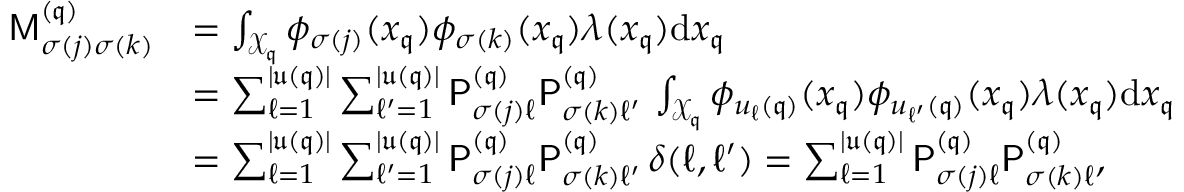
\begin{array} { r l } { \mathsf M _ { \sigma ( { \boldsymbol j } ) \sigma ( { \boldsymbol k } ) } ^ { ( \mathfrak { q } ) } } & { = \int _ { \mathcal { X } _ { \mathfrak { q } } } \phi _ { \sigma ( { \boldsymbol j } ) } ( { \boldsymbol x } _ { \mathfrak { q } } ) \phi _ { \sigma ( { \boldsymbol k } ) } ( { \boldsymbol x } _ { \mathfrak { q } } ) \lambda ( { \boldsymbol x } _ { \mathfrak { q } } ) \mathrm { d } { \boldsymbol x } _ { \mathfrak { q } } } \\ & { = \sum _ { \ell = 1 } ^ { | \mathfrak { u } ( { \mathfrak { q } } ) | } \sum _ { \ell ^ { \prime } = 1 } ^ { | \mathfrak { u } ( { \mathfrak { q } } ) | } \mathsf { P } _ { \sigma ( { \boldsymbol j } ) \ell } ^ { ( \mathfrak { q } ) } \mathsf { P } _ { \sigma ( { \boldsymbol k } ) \ell ^ { \prime } } ^ { ( \mathfrak { q } ) } \, \int _ { \mathcal { X } _ { \mathfrak { q } } } \phi _ { u _ { \ell } ( \mathfrak { q } ) } ( { \boldsymbol x } _ { \mathfrak { q } } ) \phi _ { u _ { \ell ^ { \prime } } ( \mathfrak { q } ) } ( { \boldsymbol x } _ { \mathfrak { q } } ) \lambda ( { \boldsymbol x } _ { \mathfrak { q } } ) \mathrm { d } { \boldsymbol x } _ { \mathfrak { q } } } \\ & { = \sum _ { \ell = 1 } ^ { | \mathfrak { u } ( { \mathfrak { q } } ) | } \sum _ { \ell ^ { \prime } = 1 } ^ { | \mathfrak { u } ( { \mathfrak { q } } ) | } \mathsf { P } _ { \sigma ( { \boldsymbol j } ) \ell } ^ { ( \mathfrak { q } ) } \mathsf { P } _ { \sigma ( { \boldsymbol k } ) \ell ^ { \prime } } ^ { ( \mathfrak { q } ) } \, \delta ( \ell , \ell ^ { \prime } ) = \sum _ { \ell = 1 } ^ { | \mathfrak { u } ( { \mathfrak { q } } ) | } \mathsf { P } _ { \sigma ( { \boldsymbol j } ) \ell } ^ { ( \mathfrak { q } ) } \mathsf { P } _ { \sigma ( { \boldsymbol k } ) \ell } ^ { ( \mathfrak { q } ) } , } \end{array}